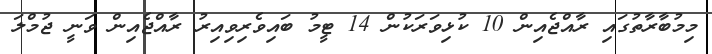
މިމުބާރާތުގައި ރާއްޖެއިން 10 ކުޅިވަރަކުން 14 ޓީމު ބައިވެރިވިއިރު ރާއްޖެއިން ވަނީ ޖުމްލަ